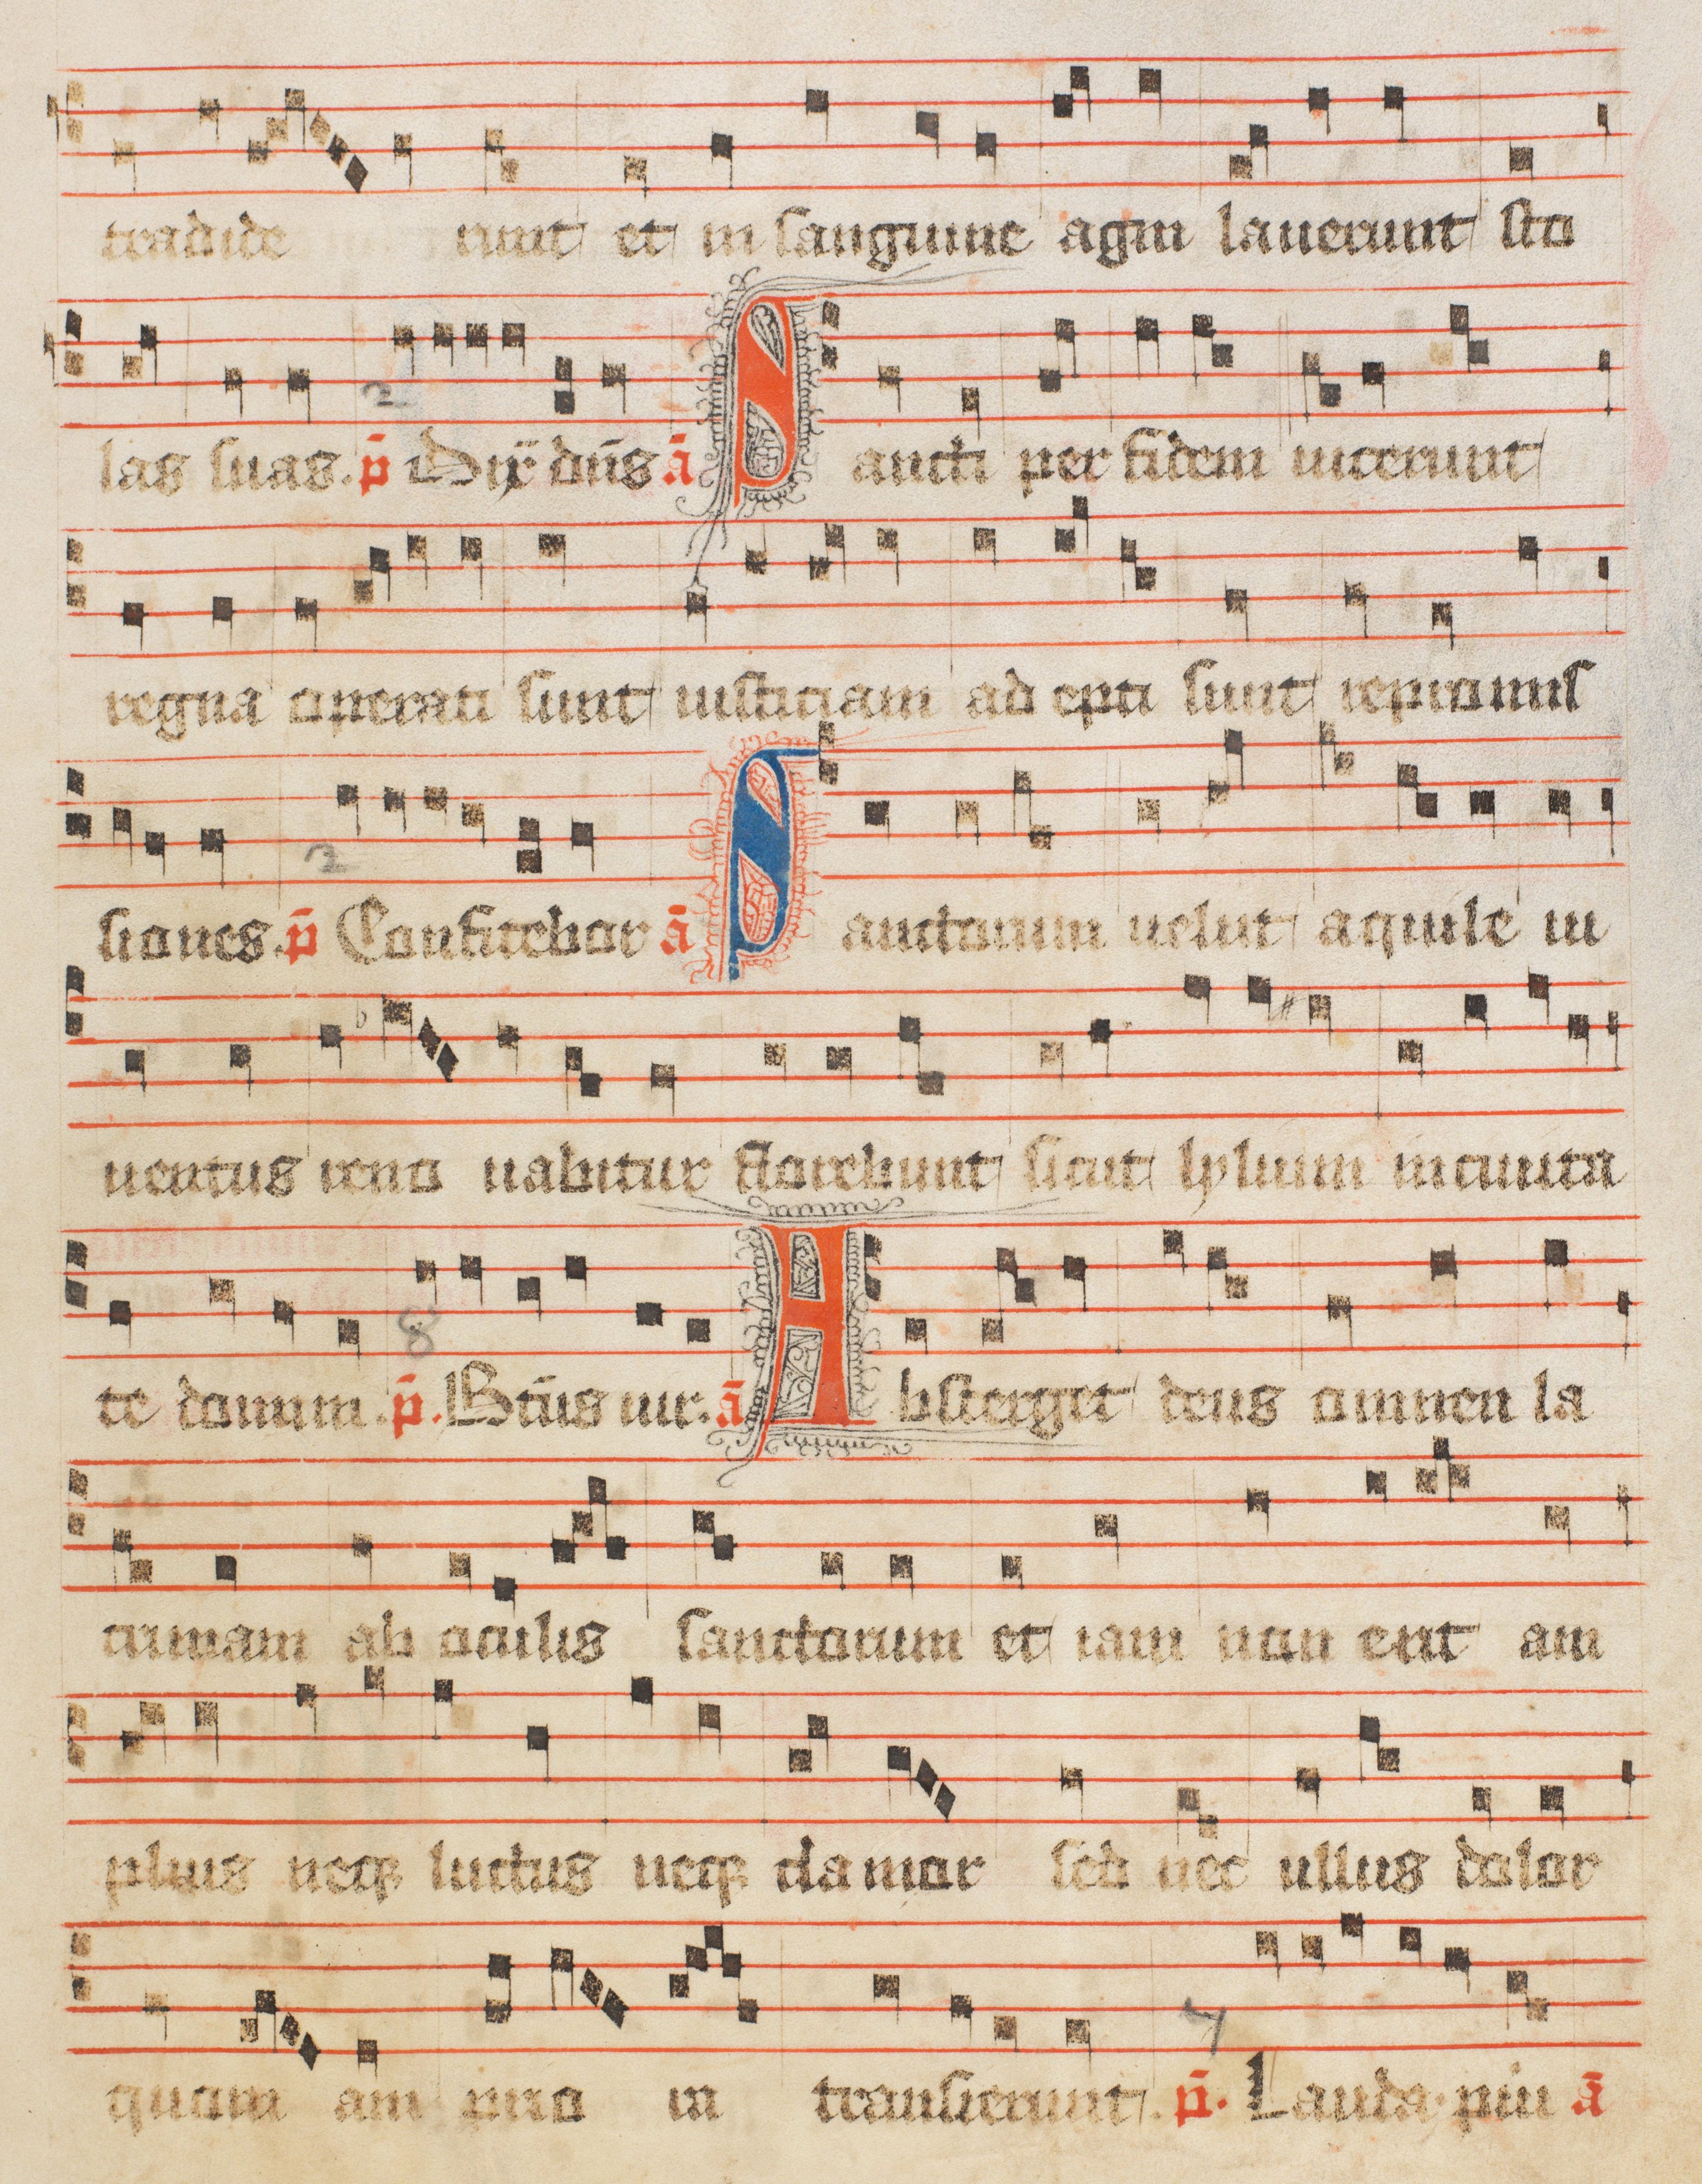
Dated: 1488–1488